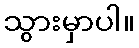
သွားမှာပါ။